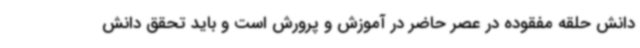
دانش حلقه مفقوده در عصر حاضر در آموزش و پرورش است و باید تحقق دانش